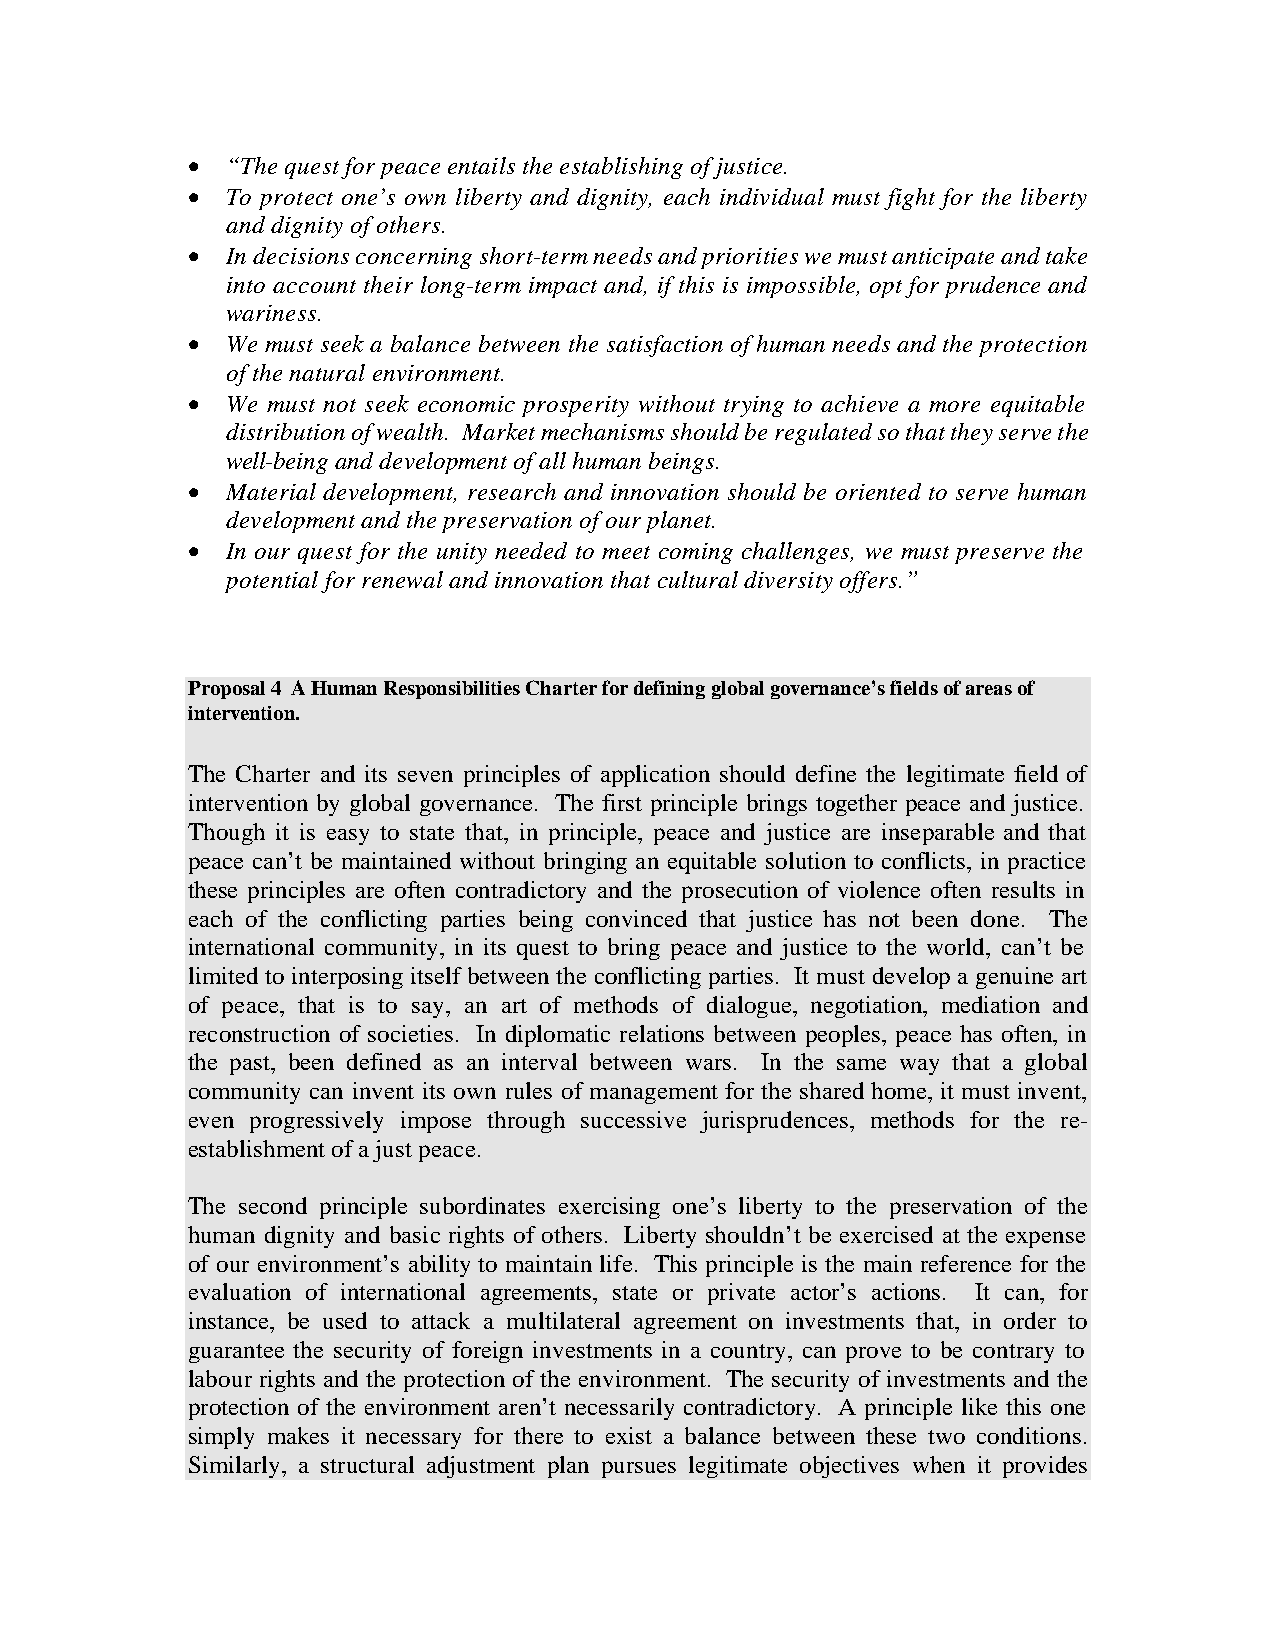
•  “The quest for peace entails the establishing of justice.
 •  To protect one’s own liberty and dignity, each individual must fight for the liberty
 and dignity of others.
 •  In decisions concerning short-term needs and priorities we must anticipate and take
 into account their long-term impact and, if this is impossible, opt for prudence and
 wariness.
 •  We must seek a balance between the satisfaction of human needs and the protection
 of the natural environment.
 •  We must not seek economic prosperity without trying to achieve a more equitable
 distribution of wealth. Market mechanisms should be regulated so that they serve the
 well-being and development of all human beings.
 •  Material development, research and innovation should be oriented to serve human
 development and the preservation of our planet.
 •  In our quest for the unity needed to meet coming challenges, we must preserve the
 potential for renewal and innovation that cultural diversity offers.”
 Proposal 4 A Human Responsibilities Charter for defining global governance’s fields of areas of
 intervention.
 The Charter and its seven principles of application should define the legitimate field of
 intervention by global governance. The first principle brings together peace and justice.
 Though it is easy to state that, in principle, peace and justice are inseparable and that
 peace can’t be maintained without bringing an equitable solution to conflicts, in practice
 these principles are often contradictory and the prosecution of violence often results in
 each of the conflicting parties being convinced that justice has not been done. The
 international community, in its quest to bring peace and justice to the world, can’t be
 limited to interposing itself between the conflicting parties. It must develop a genuine art
 of peace, that is to say, an art of methods of dialogue, negotiation, mediation and
 reconstruction of societies. In diplomatic relations between peoples, peace has often, in
 the past, been defined as an interval between wars. In the same way that a global
 community can invent its own rules of management for the shared home, it must invent,
 even progressively impose through successive jurisprudences, methods for the re-
 establishment of a just peace.
 The second principle subordinates exercising one’s liberty to the preservation of the
 human dignity and basic rights of others. Liberty shouldn’t be exercised at the expense
 of our environment’s ability to maintain life. This principle is the main reference for the
 evaluation of international agreements, state or private actor’s actions. It can, for
 instance, be used to attack a multilateral agreement on investments that, in order to
 guarantee the security of foreign investments in a country, can prove to be contrary to
 labour rights and the protection of the environment. The security of investments and the
 protection of the environment aren’t necessarily contradictory. A principle like this one
 simply makes it necessary for there to exist a balance between these two conditions.
 Similarly, a structural adjustment plan pursues legitimate objectives when it provides